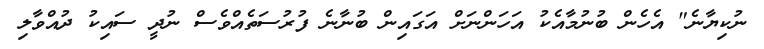
ނުކިޔާނެ" އެހެން ބުނުމާއެކު އަހަންނަށް އަގައިން ބުނާނެ ފުރުސަތެއްވެސް ނުދީ ސައިކު ދުއްވާލި